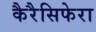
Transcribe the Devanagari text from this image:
कैरैसिफेरा